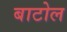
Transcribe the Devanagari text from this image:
बाटोल